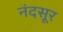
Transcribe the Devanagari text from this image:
नंदसूर